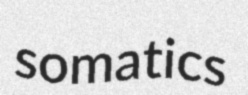
somatics